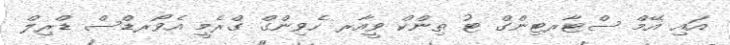
އައި އޭމް ސްޓާރޓިންގް ޓު ތިންކް ވީއާރ ހެވިންގް ގްރެމީ އެވޯރޑްސް ޑްރިލް